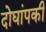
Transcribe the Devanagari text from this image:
दोघांपकी